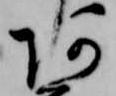
阿